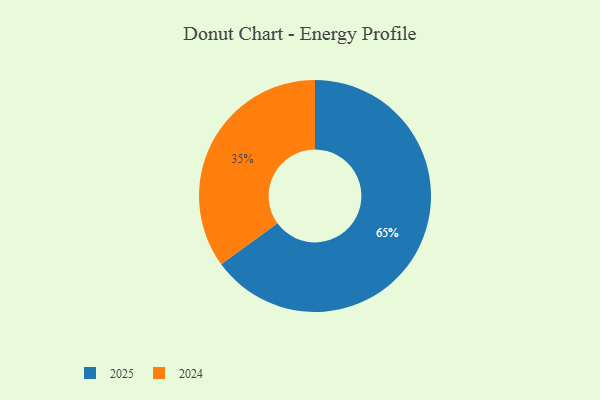
{"axis": {"x": "Category", "y": "Percentage"}, "legend": ["2024", "2025"], "data": [{"x": "2024", "y": 35, "type": "2024"}, {"x": "2025", "y": 65, "type": "2025"}]}